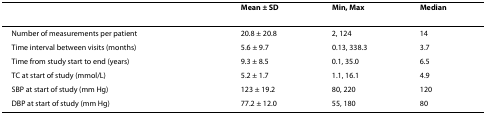
|  | Mean ± SD | Min, Max | Median |
 | --- | --- | --- | --- |
 | Number of measurements per patient | 20.8 ± 20.8 | 2, 124 | 14 |
 | Time interval between visits (months) | 5.6 ± 9.7 | 0.13, 338.3 | 3.7 |
 | Time from study start to end (years) | 9.3 ± 8.5 | 0.1, 35.0 | 6.5 |
 | TC at start of study (mmol/L) | 5.2 ± 1.7 | 1.1, 16.1 | 4.9 |
 | SBP at start of study (mm Hg) | 123 ± 19.2 | 80, 220 | 120 |
 | DBP at start of study (mm Hg) | 77.2 ± 12.0 | 55, 180 | 80 |